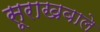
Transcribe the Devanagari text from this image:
सूराखवाले